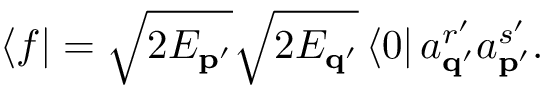
\left\langle f \right\vert = \sqrt { 2 E _ { \mathbf { p } ^ { \prime } } } \sqrt { 2 E _ { \mathbf { q } ^ { \prime } } } \left\langle 0 \right\vert a _ { \mathbf { q } ^ { \prime } } ^ { r ^ { \prime } } a _ { \mathbf { p } ^ { \prime } } ^ { s ^ { \prime } } .